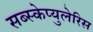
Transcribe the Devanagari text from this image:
सब्स्केप्युलेरिस